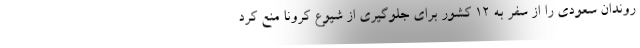
روندان سعودی را از سفر به ۱۲ کشور برای جلوگیری از شیوع کرونا منع کرد